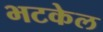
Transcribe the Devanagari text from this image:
भटकेल